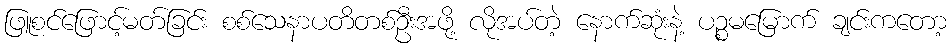
ဖြူစင်ဖြောင့်မတ်ခြင်း စစ်သေနာပတိတစ်ဦးအဖို့ လိုအပ်တဲ့ နောက်ဆုံးနဲ့ ပဉ္စမမြောက် ချင်းကတော့